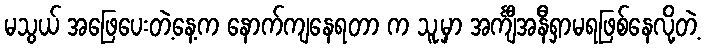
မသွယ် အဖြေပေးတဲ့နေ့က နောက်ကျနေရတာ က သူ့မှာ အင်္ကျီအနီရှာမရဖြစ်နေလို့တဲ့